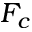
F _ { c }